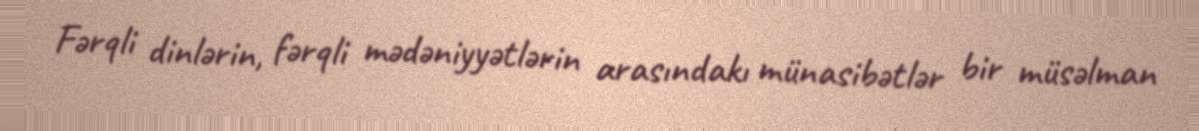
Fərqli dinlərin, fərqli mədəniyyətlərin arasındakı münasibətlər bir müsəlman